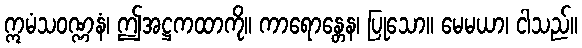
ဣမံသဝဏ္ဏနံ၊ ဤအဋ္ဌကထာကို။ ကာရောန္တေန၊ ပြုသော။ မေမယာ၊ ငါသည်။